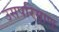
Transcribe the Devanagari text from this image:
उसपरिमाण